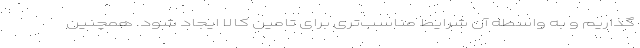
گذاریم و به واسطه آن شرایط مناسب‌تری برای تامین کالا ایجاد شود. همچنین